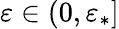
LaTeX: \varepsilon\in(0,\varepsilon_{*}]